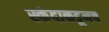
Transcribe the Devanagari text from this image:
स्कंदाकडूनच